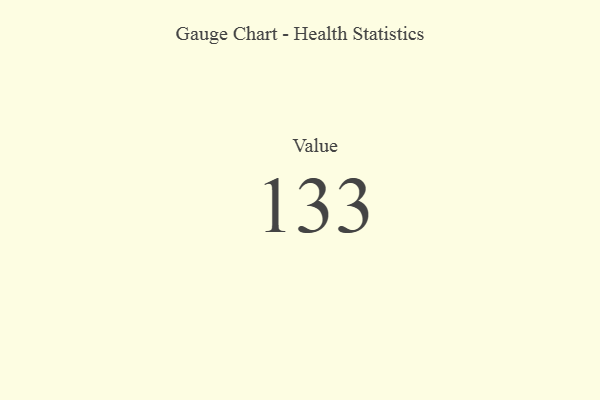
{"axis": {"x": "Metric", "y": "Value"}, "legend": [""], "data": [{"x": "Value", "y": 133, "type": ""}]}